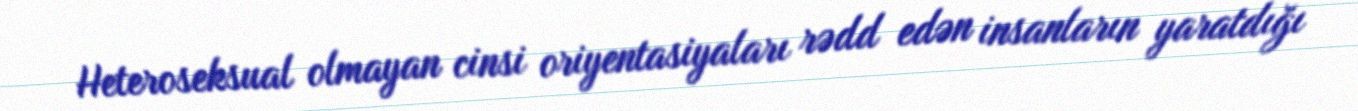
Heteroseksual olmayan cinsi oriyentasiyaları rədd edən insanların yaratdığı